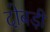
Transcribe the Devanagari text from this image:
दोबड़ी